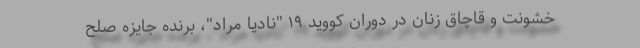
خشونت و قاچاق زنان در دوران کووید ۱۹ "نادیا مراد"، برنده جایزه صلح